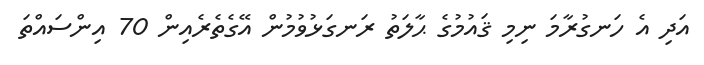
އަދި އެ ހަނގުރާމަ ނިމި ޤައުމުގެ ޙާލަތު ރަނގަޅުވުމުން އޭގެތެރެއިން 70 އިންސައްތަ